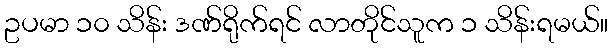
ဥပမာ ၁၀ သိန်း ဒဏ်ရိုက်ရင် လာတိုင်သူက ၁ သိန်းရမယ်။